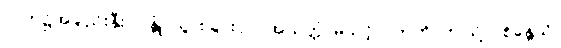
လက်၌အချည်းနှီး။ ဂန္တုံ၊ သွားခြင်းငှာ။ အယုတ္တံ၊ မသင့်။” ဣတိ၊ ဤသို့။ (စိန္တေသိ၊